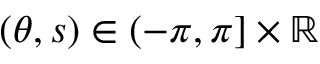
( \theta , s ) \in ( - \pi , \pi ] \times { \mathbb R }